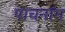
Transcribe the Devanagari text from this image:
पाचनांग